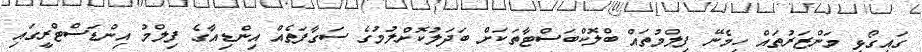
ގައިގޯޅި މަންޒަރުތައް ހިމެނޭ ފިލްމުތައް ބްލޮކްބަސްޓާތަކަށް ބަދަލުކޮށްލުމުގެ ސަގާފަތެއް އިންޑިއާގެ ފިލްމު އިންޑަސްޓްރީގައި